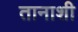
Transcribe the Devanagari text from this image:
तानाशी